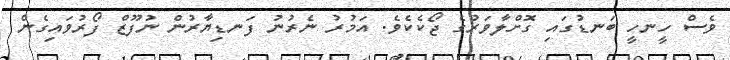
ވެސް ހީނހީ ބަނޑުގައި ގޮށްލާވަރުގެ ޖޯކެކެވެ. އަމުރު ނެރުނު ފަނޑިޔާރުން ނުފޫޒް ފޯރުވައިގެން